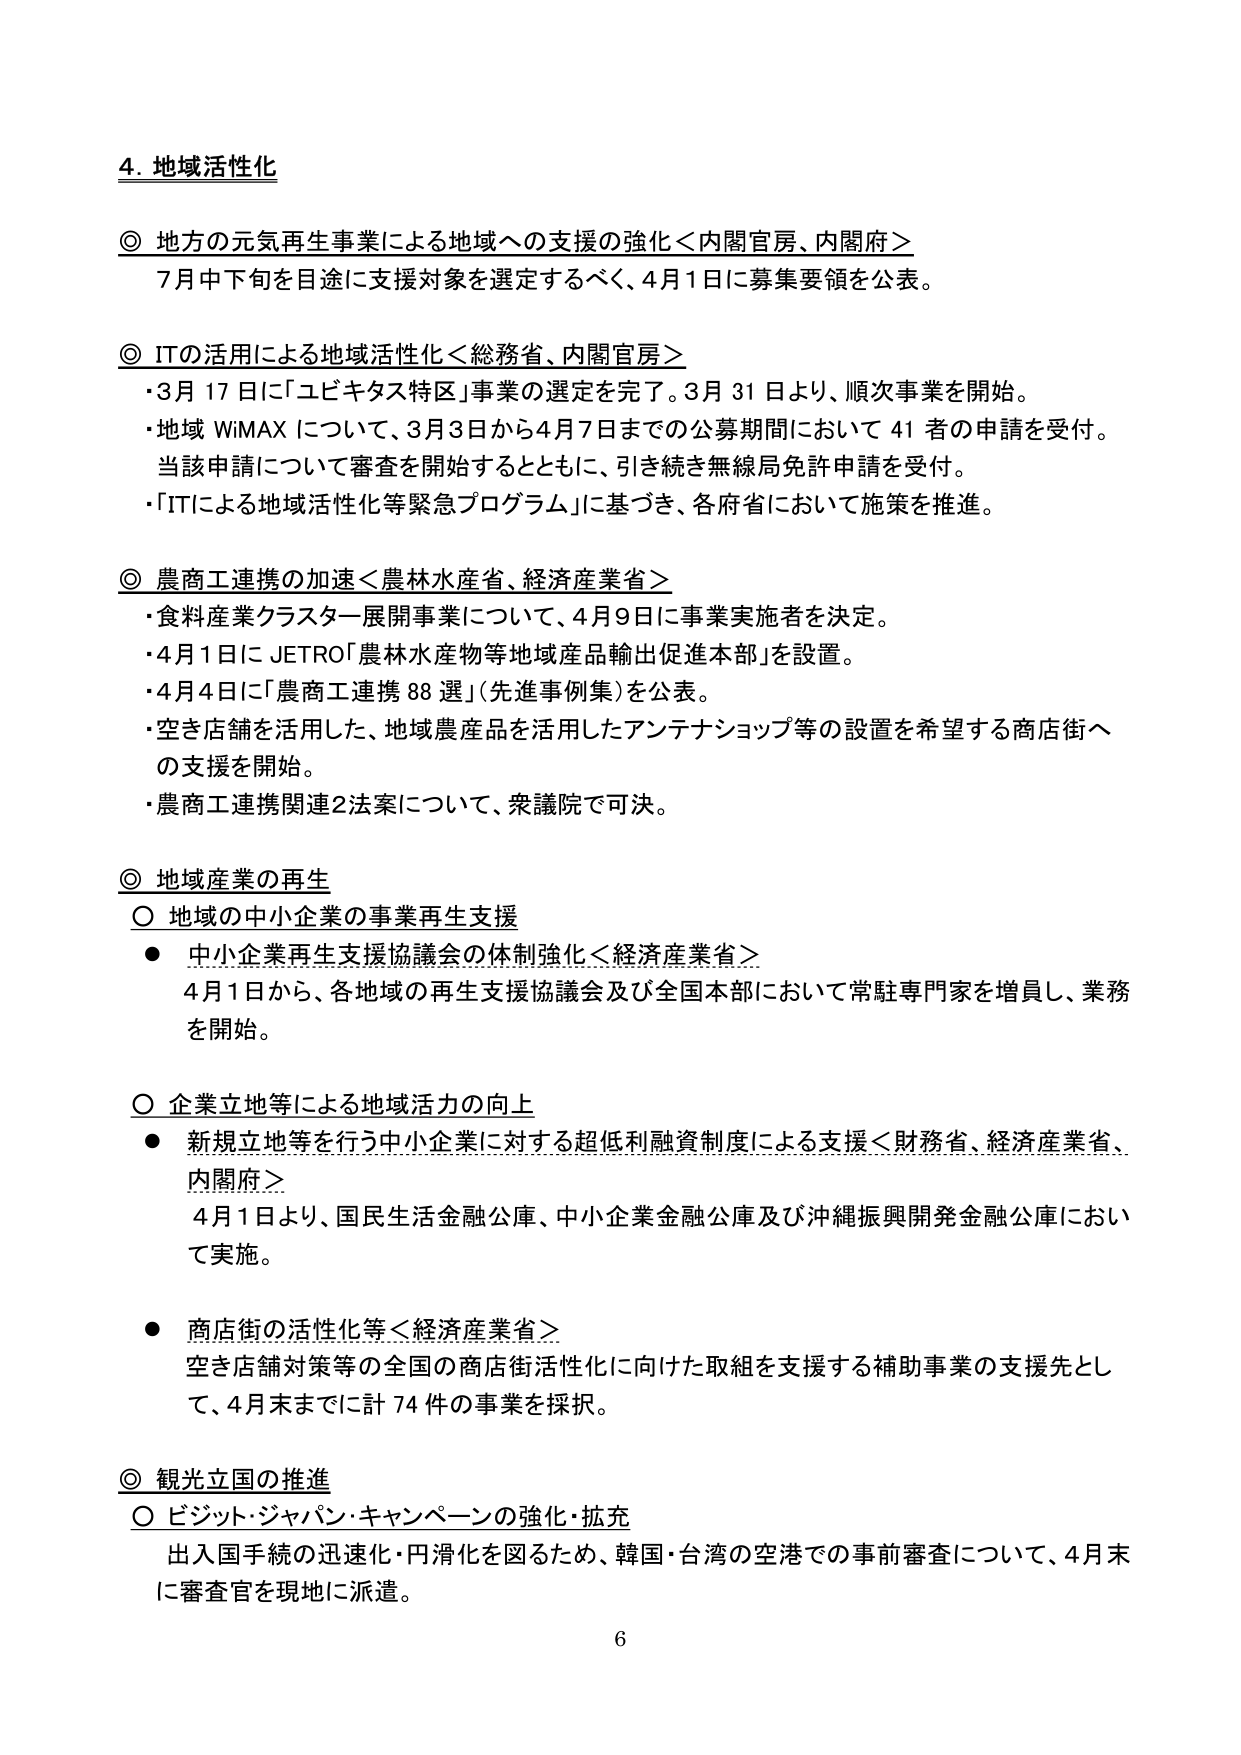
4. 地域活性化

◎ 地方の元気再生事業による地域への支援の強化＜内閣官房、内閣府＞
　7月中下旬を目途に支援対象を選定するべく、4月1日に募集要領を公表。

◎ ITの活用による地域活性化＜総務省、内閣官房＞
　・3月17日に「ユビキタス特区」事業の選定を完了。3月31日より、順次事業を開始。
　・地域WiMAXについて、3月3日から4月7日までの公募期間において41者の申請を受付。
　　当該申請について審査を開始するとともに、引き続き無線局免許申請を受付。
　・「ITによる地域活性化等緊急プログラム」に基づき、各府省において施策を推進。

◎ 農商工連携の加速＜農林水産省、経済産業省＞
　・食料産業クラスター展開事業について、4月9日に事業実施者を決定。
　・4月1日にJETRO「農林水産物等地域産品輸出促進本部」を設置。
　・4月4日に「農商工連携88選」（先進事例集）を公表。
　・空き店舗を活用した、地域農産品を活用したアンテナショップ等の設置を希望する商店街への支援を開始。
　・農商工連携関連2法案について、衆議院で可決。

◎ 地域産業の再生
　○ 地域の中小企業の事業再生支援
　　● 中小企業再生支援協議会の体制強化＜経済産業省＞
　　　4月1日から、各地域の再生支援協議会及び全国本部において常駐専門家を増員し、業務を開始。

　○ 企業立地等による地域活力の向上
　　● 新規立地等を行う中小企業に対する超低利融資制度による支援＜財務省、経済産業省、内閣府＞
　　　4月1日より、国民生活金融公庫、中小企業金融公庫及び沖縄振興開発金融公庫において実施。

　　● 商店街の活性化等＜経済産業省＞
　　　空き店舗対策等の全国の商店街活性化に向けた取組を支援する補助事業の支援先として、4月末までに計74件の事業を採択。

◎ 観光立国の推進
　○ ビジット・ジャパン・キャンペーンの強化・拡充
　　出入国手続の迅速化・円滑化を図るため、韓国・台湾の空港での事前審査について、4月末に審査官を現地に派遣。

6